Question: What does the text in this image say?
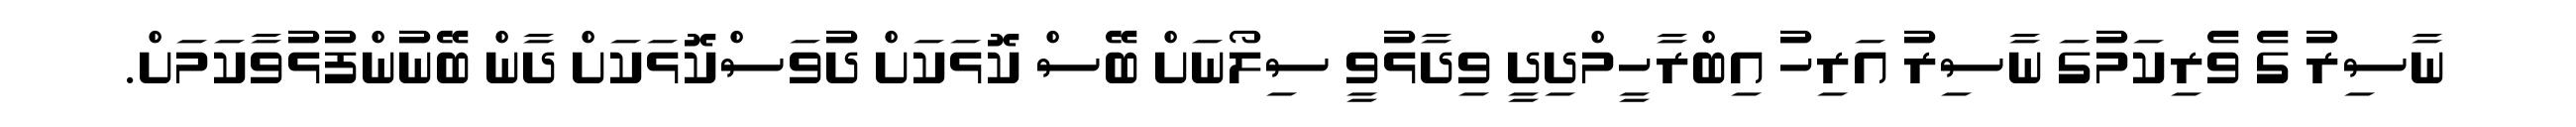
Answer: ނާސިރު ގެ ވެރިކަމުގަ ނާސިރު އަރިހު އިބްރާހީމްދިދީ ވިދާޅުވީ ސިލޯނަށް ބޭސް ކޮޅަކަށް ދުވަސްކޮޅަކަށް ދާން ބޭނުންފުޅުވާކަމަށް.